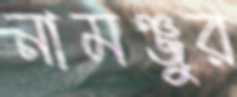
নামঞ্জুর